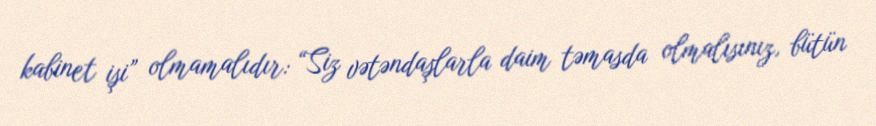
kabinet işi” olmamalıdır: “Siz vətəndaşlarla daim təmasda olmalısınız, bütün